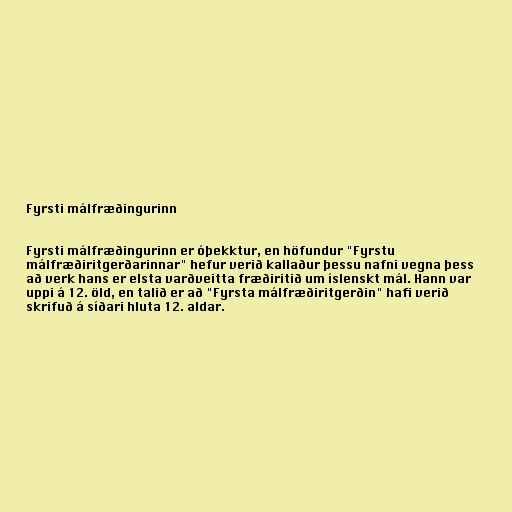
Fyrsti málfræðingurinn

Fyrsti málfræðingurinn er óþekktur, en höfundur "Fyrstu
málfræðiritgerðarinnar" hefur verið kallaður þessu nafni vegna þess
að verk hans er elsta varðveitta fræðiritið um íslenskt mál. Hann var
uppi á 12. öld, en talið er að "Fyrsta málfræðiritgerðin" hafi verið
skrifuð á síðari hluta 12. aldar.